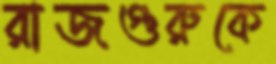
রাজগুরুকে